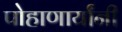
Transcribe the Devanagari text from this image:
पोहाणार्यांनी